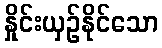
နှိုင်းယှဉ်နိုင်သော